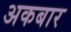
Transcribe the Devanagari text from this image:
अकबार